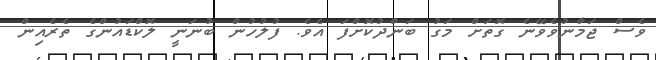
ވެސް ޖަމާނުވެވޭނެ ގޮތަށް މަގު ބަންދުކޮށްފަ އެވެ. ފުލުހުން ބުނަނީ ލޮކްޑައުންގެ ތެރެއިން